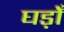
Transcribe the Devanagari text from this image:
घड़ोँ